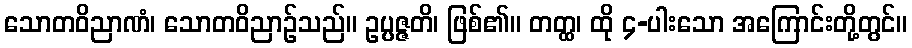
သောတဝိညာဏံ၊ သောတဝိညာဉ်သည်။ ဥပ္ပဇ္ဇတိ၊ ဖြစ်၏။ တတ္ထ၊ ထို ၄-ပါးသော အကြောင်းတို့တွင်။